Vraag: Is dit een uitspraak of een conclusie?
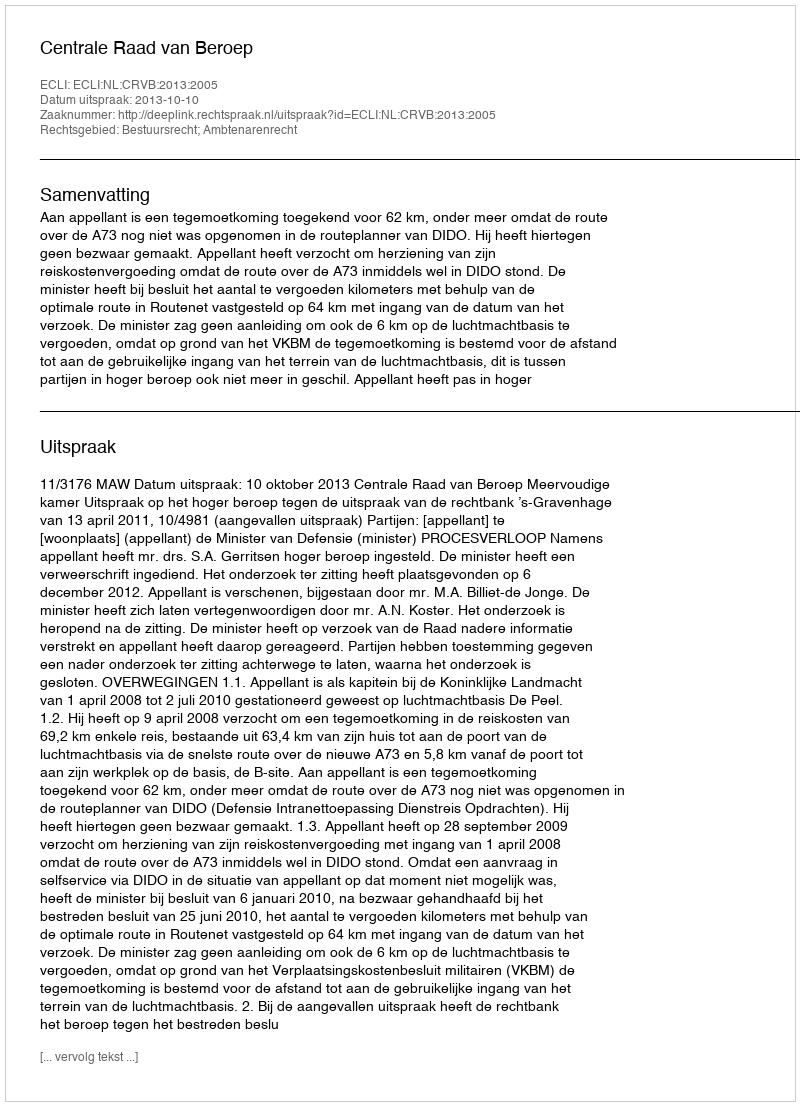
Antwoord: Uitspraak